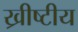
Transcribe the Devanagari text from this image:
ख्रीष्टीय